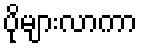
ပိုများလာကာ